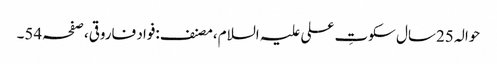
حوالہ 25سال سکوتِ علی علیہ السلام،مصنف:فواد فاروقی،صفحہ54۔